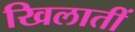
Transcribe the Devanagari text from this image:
खिलातीं